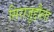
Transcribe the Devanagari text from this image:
सिराज़ुद्दौला